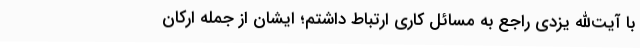
با آیت‌الله یزدی راجع به مسائل کاری ارتباط داشتم؛ ایشان از جمله ارکان